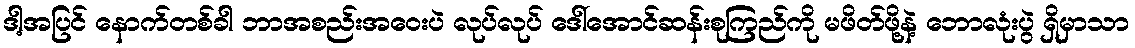
ဒါ့အပြင် နောက်တစ်ခါ ဘာအစည်းအဝေးပဲ လုပ်လုပ် ဒေါ်အောင်ဆန်းစုကြည်ကို မဖိတ်ဖို့နဲ့ ဘောလုံးပွဲ ရှိမှာသာ